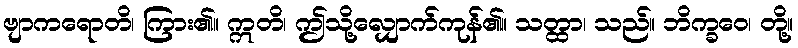
ဗျာကရောတိ၊ ကြား၏။ ဣတိ၊ ဤသို့လျှောက်ကုန်၏။ သတ္ထာ၊ သည်။ ဘိက္ခဝေ၊ တို့။